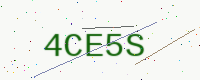
Text: 4CE5S